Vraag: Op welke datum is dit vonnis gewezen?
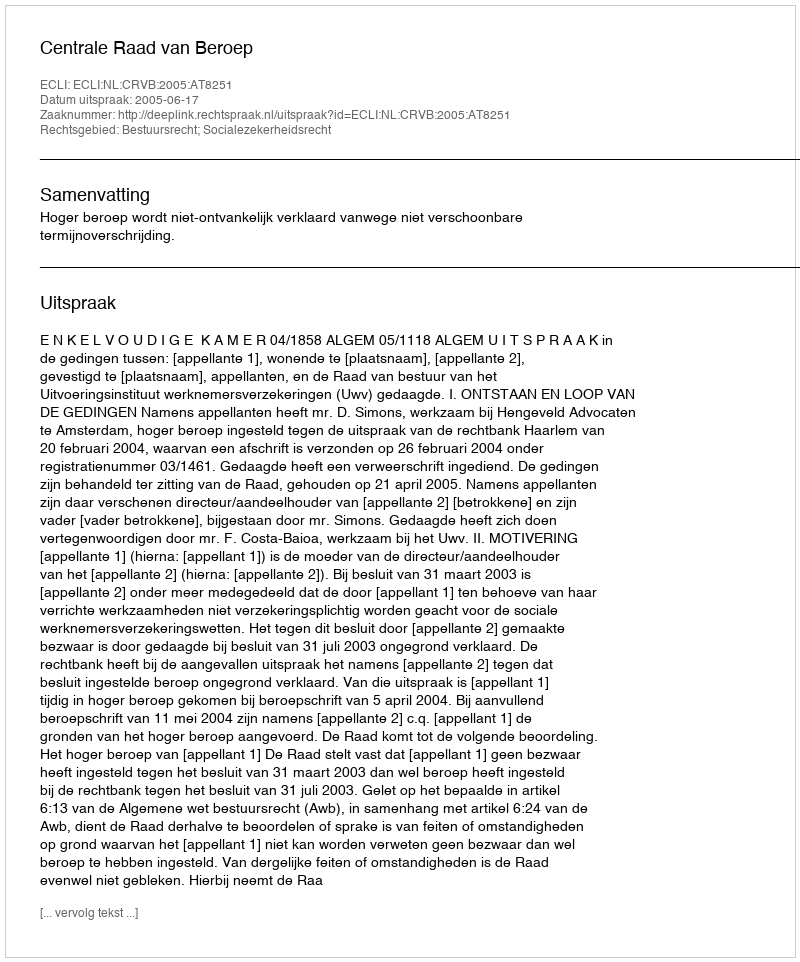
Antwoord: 2005-06-17